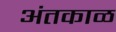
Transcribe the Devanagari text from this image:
अंतकाळ